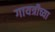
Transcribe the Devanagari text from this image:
गायत्रीच्या